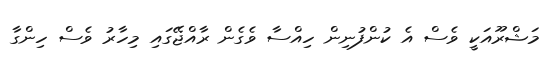
މަޝްރޫއަކީ ވެސް އެ ކުންފުނިން ހިއްސާ ވެގެން ރާއްޖޭގައި މިހާރު ވެސް ހިންގާ